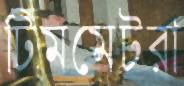
টিমমেটরা